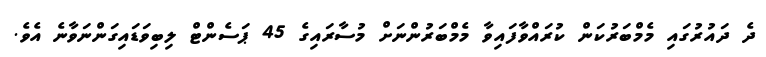
ދެ ދައުރުގައި މެމްބަރުކަން ކުރައްވާފައިވާ މެމްބަރުންނަށް މުސާރައިގެ 45 ޕަސެންޓް ލިބިވަޑައިގަންނަވާނެ އެވެ.